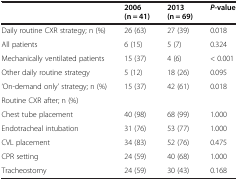
<table><thead><tr><td><b> </b></td><td><b>2006 (n = 41)</b></td><td><b>2013 (n = 69)</b></td><td><b><i>P</i>-value</b></td></tr></thead><tbody><tr><td>Daily routine CXR strategy; n (%)</td><td>26 (63)</td><td>27 (39)</td><td>0.018</td></tr><tr><td>All patients</td><td>6 (15)</td><td>5 (7)</td><td>0.324</td></tr><tr><td>Mechanically ventilated patients</td><td>15 (37)</td><td>4 (6)</td><td>&lt; 0.001</td></tr><tr><td>Other daily routine strategy</td><td>5 (12)</td><td>18 (26)</td><td>0.095</td></tr><tr><td>‘On-demand only’ strategy; n (%)</td><td>15 (37)</td><td>42 (61)</td><td>0.018</td></tr><tr><td>Routine CXR after; n (%)</td><td> </td><td> </td><td> </td></tr><tr><td>Chest tube placement</td><td>40 (98)</td><td>68 (99)</td><td>1.000</td></tr><tr><td>Endotracheal intubation</td><td>31 (76)</td><td>53 (77)</td><td>1.000</td></tr><tr><td>CVL placement</td><td>34 (83)</td><td>52 (76)</td><td>0.475</td></tr><tr><td>CPR setting</td><td>24 (59)</td><td>40 (68)</td><td>1.000</td></tr><tr><td>Tracheostomy</td><td>24 (59)</td><td>30 (43)</td><td>0.168</td></tr></tbody></table>